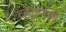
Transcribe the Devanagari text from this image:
व्हेटर्नरी